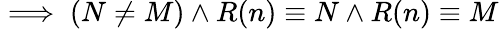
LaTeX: \implies(N\neq M)\land R(n)\equiv N\land R(n)\equiv M